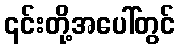
၎င်းတို့အပေါ်တွင်